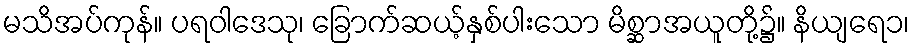
မသိအပ်ကုန်။ ပရဝါဒေသု၊ ခြောက်ဆယ့်နှစ်ပါးသော မိစ္ဆာအယူတို့၌။ နိယျရေ၁၊